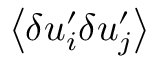
\! \left\langle { \delta u _ { i } ^ { \prime } \delta u _ { j } ^ { \prime } } \right\rangle